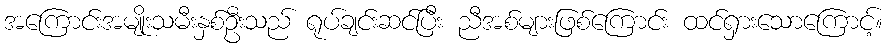
အကြောင်းအမျိုးသမီးနှစ်ဦးသည် ရုပ်ချင်းဆင်ပြီး ညီအစ်များဖြစ်ကြောင်း ထင်ရှားသောကြောင့်။